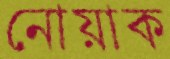
নোয়াক